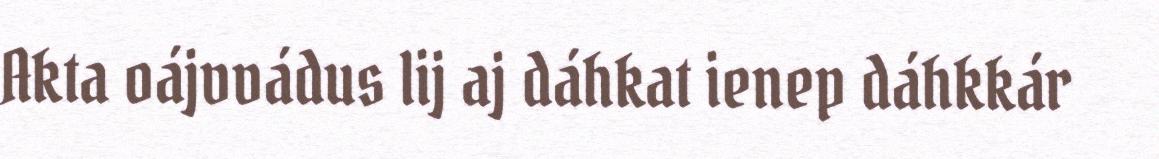
Akta oájvvádus lij aj dáhkat ienep dáhkkár